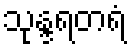
သုန္ဒရတရံ